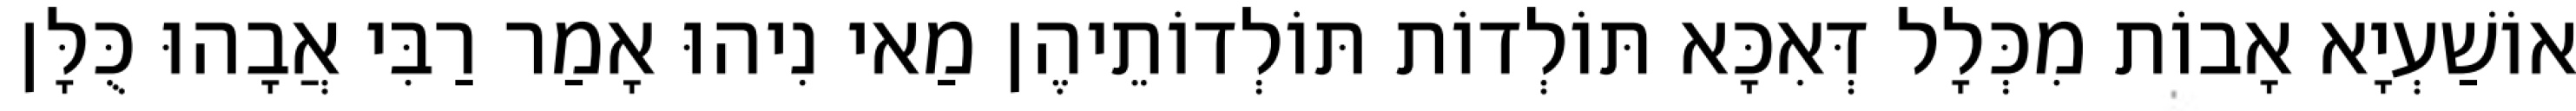
אוֹשַׁעְיָא אָבוֹת מִכְּלָל דְּאִכָּא תּוֹלְדוֹת תּוֹלְדוֹתֵיהֶן מַאי נִיהוּ אָמַר רַבִּי אֲבָהוּ כֻּלָּן